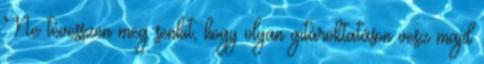
Ne tévesszen meg senkit, hogy olyan gitároktatáson vesz majd